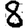
Digit: 8